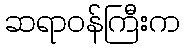
ဆရာဝန်ကြီးက